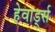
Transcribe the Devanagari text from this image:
हेवार्ड्स